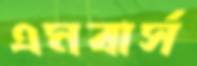
এমবার্স